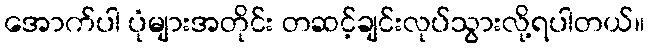
အောက်ပါ ပုံများအတိုင်း တဆင့်ချင်းလုပ်သွားလို့ရပါတယ်။